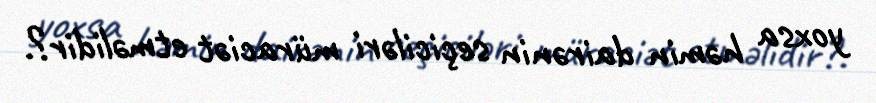
yoxsa həmin dairənin seçiciləri müraciət etməlidir?.